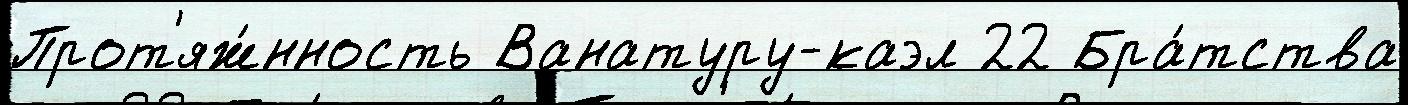
Прот'яж́нность Ванатуру-каэл 22 Бра́тства